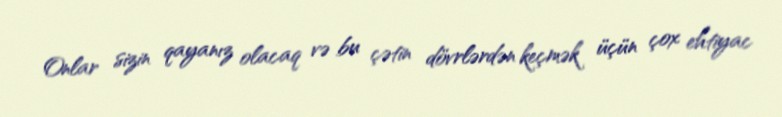
Onlar sizin qayanız olacaq və bu çətin dövrlərdən keçmək üçün çox ehtiyac